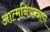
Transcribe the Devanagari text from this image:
आत्मनियन्त्राण